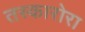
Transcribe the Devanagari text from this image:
तस्कारोरा